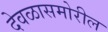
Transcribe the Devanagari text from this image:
देवळासमोरील